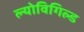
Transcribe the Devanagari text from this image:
ल्योविगिल्ड